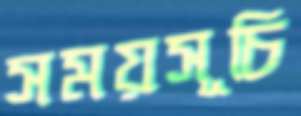
সময়সূচি